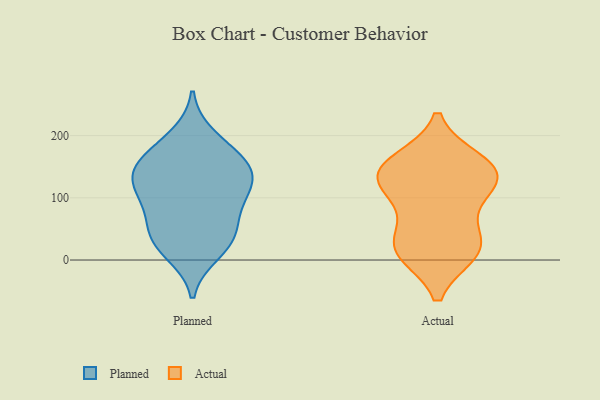
{"axis": {"x": "Shipments", "y": "Value"}, "legend": ["Actual", "Planned"], "data": [{"x": "", "y": 43, "type": "Planned"}, {"x": "", "y": 37, "type": "Planned"}, {"x": "", "y": 29, "type": "Planned"}, {"x": "", "y": 109, "type": "Planned"}, {"x": "", "y": 139, "type": "Planned"}, {"x": "", "y": 123, "type": "Planned"}, {"x": "", "y": 74, "type": "Planned"}, {"x": "", "y": 12, "type": "Planned"}, {"x": "", "y": 151, "type": "Planned"}, {"x": "", "y": 198, "type": "Planned"}, {"x": "", "y": 159, "type": "Planned"}, {"x": "", "y": 171, "type": "Planned"}, {"x": "", "y": 92, "type": "Planned"}, {"x": "", "y": 128, "type": "Planned"}, {"x": "", "y": 16, "type": "Actual"}, {"x": "", "y": 23, "type": "Actual"}, {"x": "", "y": 149, "type": "Actual"}, {"x": "", "y": 122, "type": "Actual"}, {"x": "", "y": 12, "type": "Actual"}, {"x": "", "y": 144, "type": "Actual"}, {"x": "", "y": 113, "type": "Actual"}, {"x": "", "y": 159, "type": "Actual"}, {"x": "", "y": 149, "type": "Actual"}, {"x": "", "y": 60, "type": "Actual"}, {"x": "", "y": 117, "type": "Actual"}, {"x": "", "y": 17, "type": "Actual"}]}